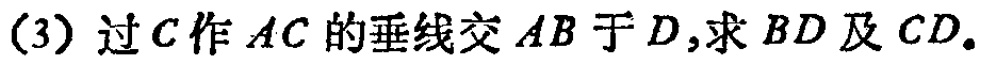
(3) 过\(C\)作\(AC\)的垂线交\(AB\)于\(D\),求\(BD\)及\(CD\).